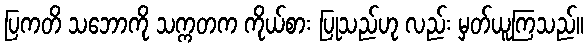
ပြကတိ သဘောကို သက္ကတက ကိုယ်စား ပြုသည်ဟု လည်း မှတ်ယူကြသည်။